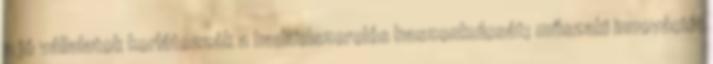
a jó vállalatok korlátozzák a hadifelszerelés haszonkulcsát; műszaki innováció;